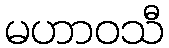
မဟာဝသီ